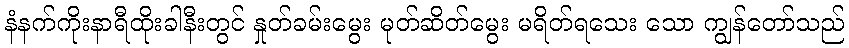
နံနက်ကိုးနာရီထိုးခါနီးတွင် နှုတ်ခမ်းမွေး မုတ်ဆိတ်မွေး မရိတ်ရသေး သော ကျွန်တော်သည်